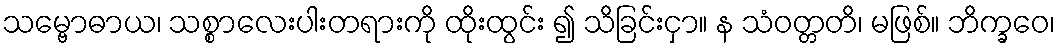
သမ္ဗောဓာယ၊ သစ္စာလေးပါးတရားကို ထိုးထွင်း ၍ သိခြင်းငှာ။ န သံဝတ္တတိ၊ မဖြစ်။ ဘိက္ခဝေ၊